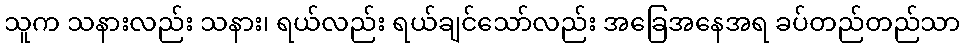
သူက သနားလည်း သနား၊ ရယ်လည်း ရယ်ချင်သော်လည်း အခြေအနေအရ ခပ်တည်တည်သာ